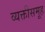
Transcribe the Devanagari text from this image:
व्यक्तीसमूह